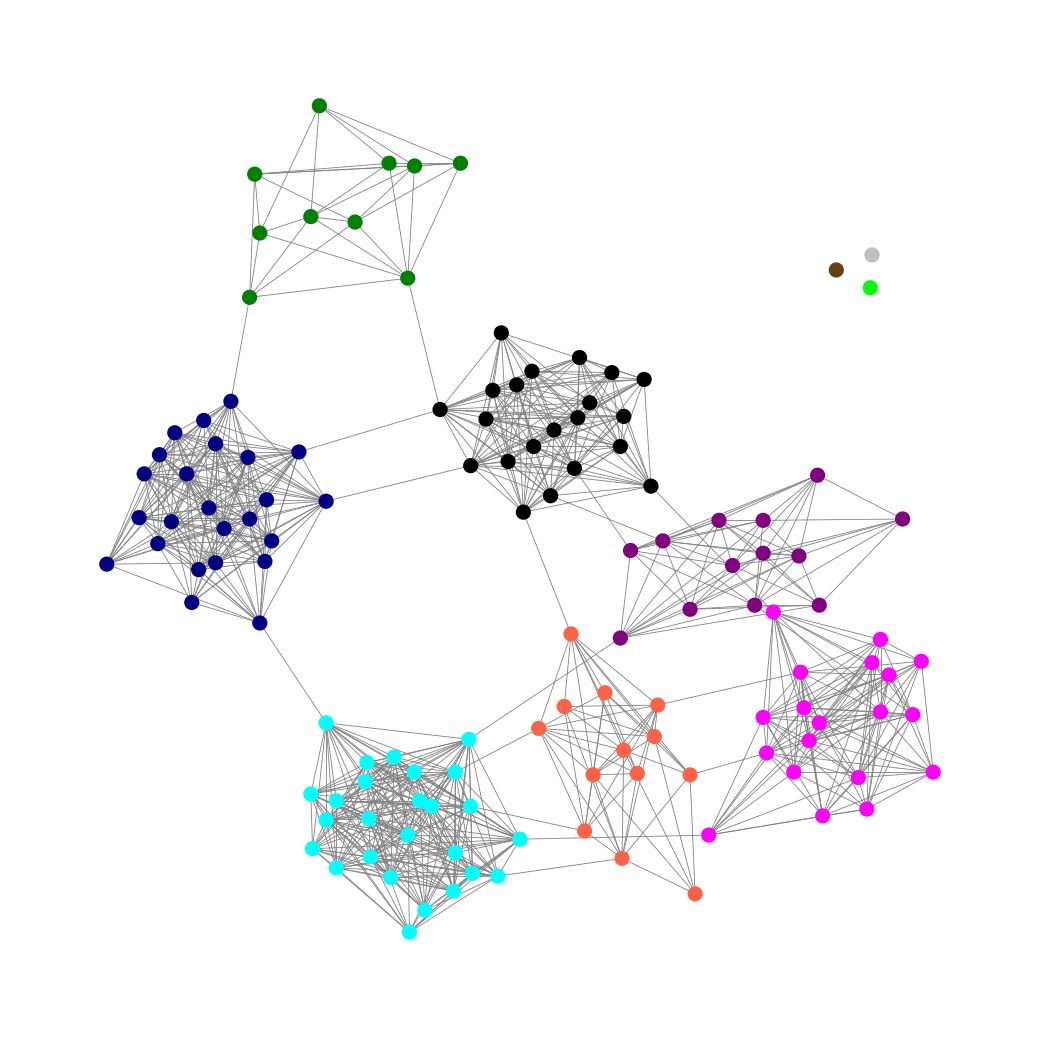
Graph connected: No
Number of connected components: 4
Number of singletons: 3
Total number of nodes: 129
Total number of edges: 869
Number of communities: 10
Community sizes:
Aqua: 26
Black: 21
Fuchsia: 19
Green: 10
Lime: 1
Navy: 24
Pullman Brown: 1
Purple: 13
Silver: 1
Tomato: 13
Graph layout: tda
Graph generation method: erdos_renyi